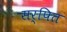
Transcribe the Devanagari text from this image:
सर्पित